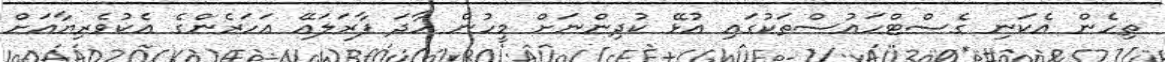
ތިހެން އެކަނި ގެސްޓްހައުސްތަކުގައި އުޅޭ ކުދިންނަށް މީހުން ހާދަ ފާރަލައޭ އަހަރެންގެ އެކުވެރިޔާއަށް